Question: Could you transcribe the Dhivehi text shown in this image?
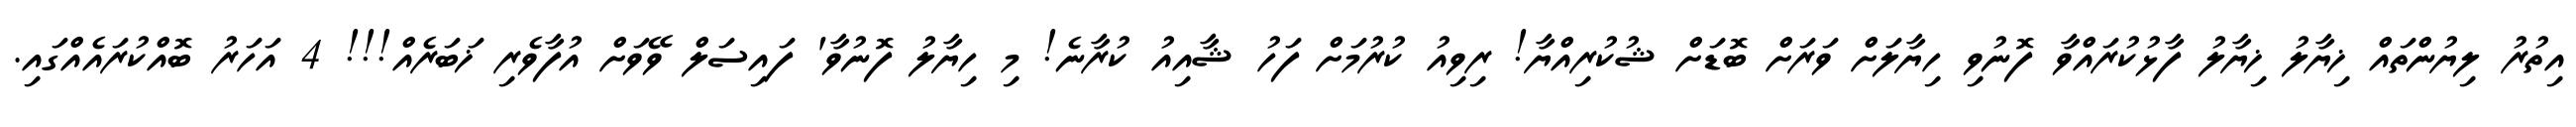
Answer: އިތުރު ލިޔުންތައް ޚިޔާލު ޚިޔާލު ފާޅުކުރައްވާ ފޮނުވި ހިޔާލަށް ވަރަށް ބޮޑަށް ޝުކުރިއްޔާ! ރިވިއު ކުރުމަށް ފަހު ޝާއިއު ކުރާނެ! މި ހިޔާލު ފޮނުވާ' ފައިސަލް ވޭވަށް އުފާވެރި ޚަބަރެއް!!! 4 އަހަރު ބޮއްކުރައެއްގައި.